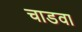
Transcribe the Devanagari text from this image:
चाडवा